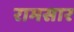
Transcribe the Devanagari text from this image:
रामसार